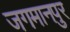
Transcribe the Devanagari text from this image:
जगमानपुर